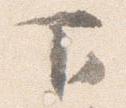
下